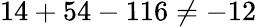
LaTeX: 14+54-116\neq-12